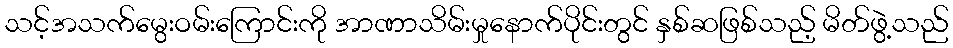
သင့်အသက်မွေးဝမ်းကြောင်းကို အာဏာသိမ်းမှုနောက်ပိုင်းတွင် နှစ်ဆဖြစ်သည့် မိတ်ဖွဲ့သည်